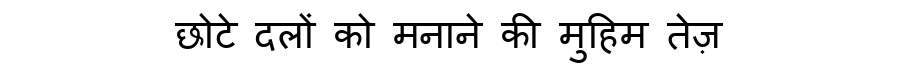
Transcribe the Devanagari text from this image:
छोटे दलों को मनाने की मुहिम तेज़